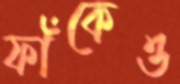
ফাঁকেও